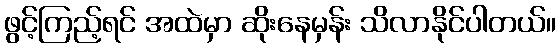
ဖွင့်ကြည့်ရင် အထဲမှာ ဆိုးနေမှန်း သိလာနိုင်ပါတယ်။